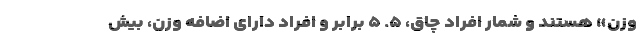
وزن» هستند و شمار افراد چاق، ۵. ۵ برابر و افراد دارای اضافه وزن، بیش